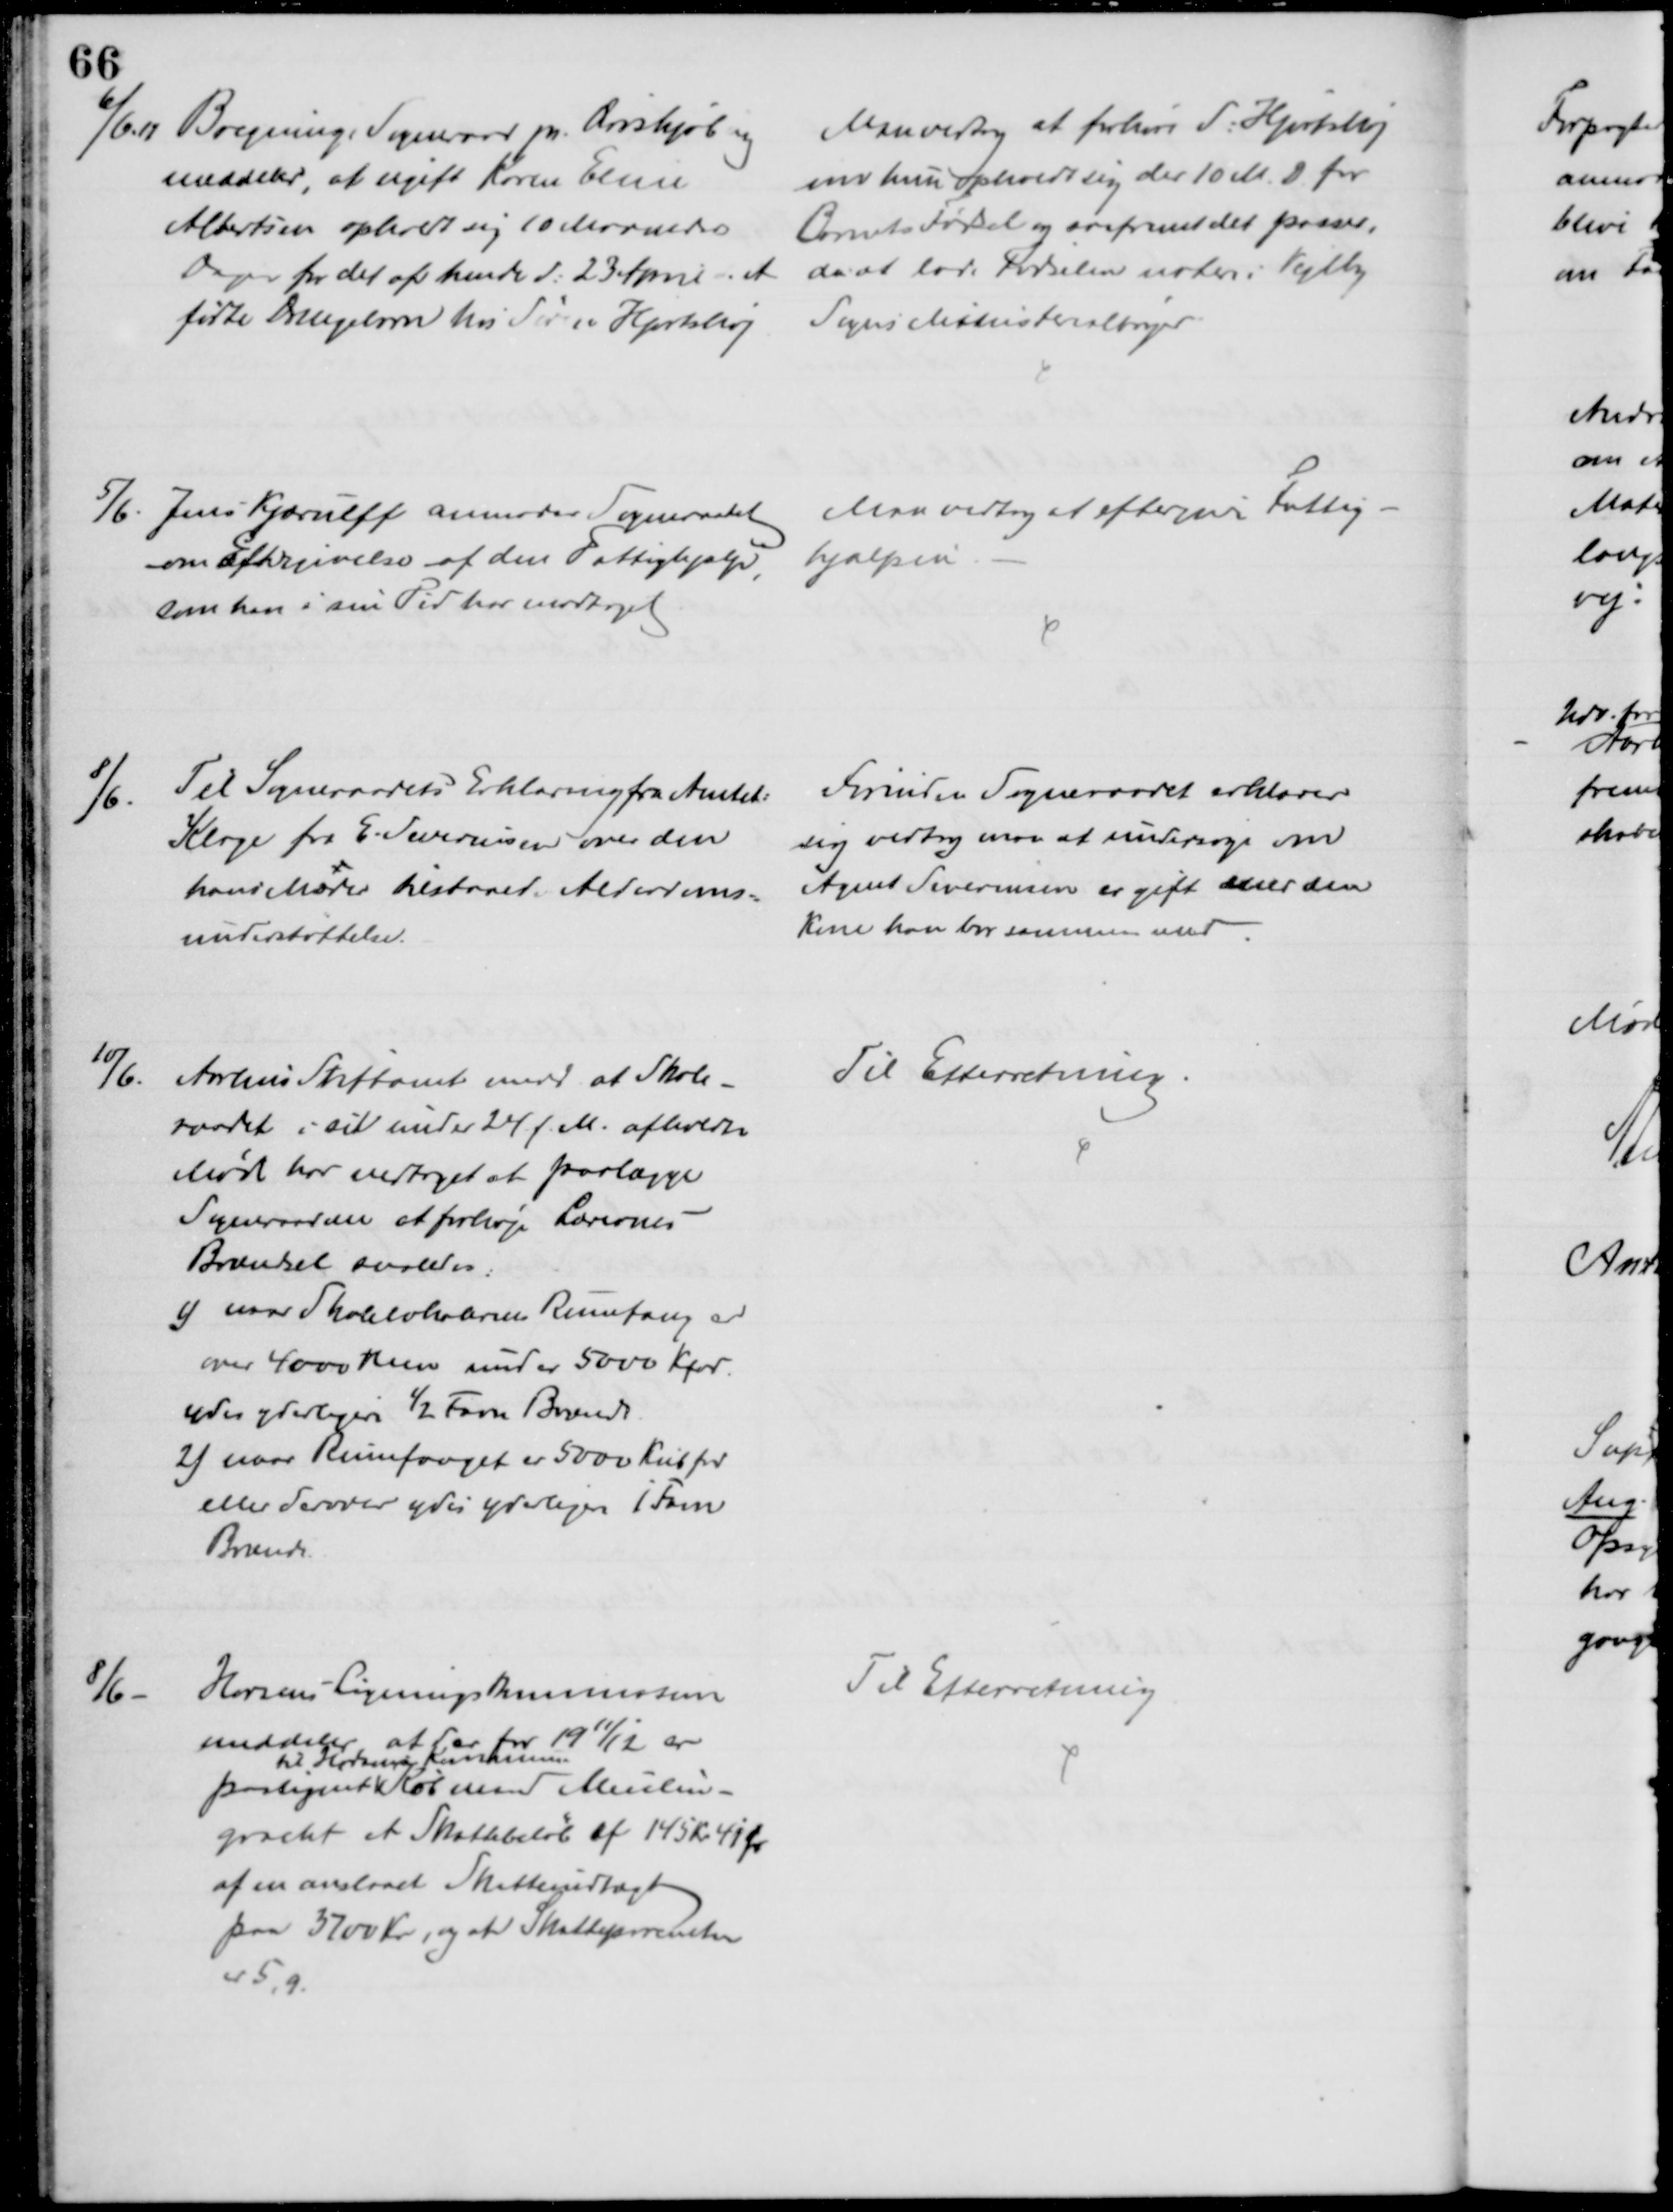
Transskription:
6/6. 11 Bregninge Sogneraad pr Ærøskjøbing
meddeler, at ugift Karen Eline
Albertsen opholdt sig 10 Maaneders
Dagen for det af hende d. 23 April d. A.
fødte Drengebarn hos Søren Hjortshøj
Man vedtog at forhøre S. Hjortshøj
om hun opholdt sig der 10 M. D. for
Barnets Fødsel og saafremt det passer,
da at lade Fødselen notere i Vejlby
Sogns Ministerialbøger
5/6.
Jens Kjærulff anmoder Sogneraadet
om Eftergivelse af den Fattighjælp,
som han i sin Tid har modtaget
Man vedtog at eftergive Fattig-
hjælpen.
8/6.
Til Sogneraadets Erklæring fra Amtet:
Klage fra E. Severinsen over den
hans Moder tilstaaede Alderdoms=
understøttelse.
Forinden Sogneraadet erklærer
sig vedtog man at undersøge om 
Agent Severinsen er gift med den
Kone han bor sammen med
10/6.
Aarhus Stiftamt medd at Skole-
raadet i sit under 24 f.M. afholdte
Møde har vedtaget at paalægge
Sogneraadene at forhøje Lærernes
Brændsel saaledes:
1) naar Skolelokalernes Rumfang er 
over 4000 men under 5000 Kfod.
ydes yderligere ½ Favn Brænde
2) naar Rumfanget er 5000 Kub fod
eller derover ydes yderliger 1 Favn
Brænde.
Til Efterretning.
8/6
Horsens Ligningskommission
meddeler at der 1911/12 er
paalignet
til Horsens Kommune
Købmand Meulen-
gracht et Skattebeløb af 145 Kr 41 Øre
af en anslaaet Skatteindtægt
paa 3700 Kr, og at Skatteprocenten
er 5,9
Til Efterretning